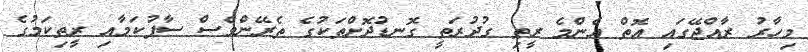
މިހާރު ރާއްޖޭގައި އޮތް އެންމެ ރީތި ގުދުރަތީ ގޮނޑުދޮށްތަކުގެ ތެރޭންވެސް ސާފުކަމާއި ރީތިކަމުގެ